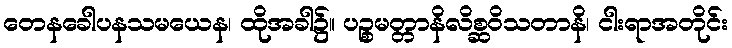
တေနခေါပနသမယေန၊ ထိုအခါ၌။ ပဉ္စမတ္တာနိလိစ္ဆဝိသတာနိ၊ ငါးရာအတိုင်း